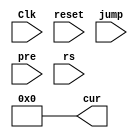
`timescale 1ns / 1ps
//////////////////////////////////////////////////////////////////////////////////
// Company: 
// Engineer: 
// 
// Design Name: 
// Module Name: PC
// Project Name: 
// Target Devices: 
// Tool Versions: 
// Description: 
// 
// Dependencies: 
// 
// Revision:
// Revision 0.01 - File Created
// Additional Comments:
// 
//////////////////////////////////////////////////////////////////////////////////


module PC(
    input Clk,
    input reset,
    input jump,
    input [31:0] pre,
    input [31:0] rs,
    output [31:0] cur
    );
    reg [31:0] PC;
    assign cur=PC;
    initial begin
    PC=0;
    end
    always @ (reset)
    begin
        PC=32'b00000000000000000000000000000000;
        end
    always @(posedge Clk)
    begin
    PC=pre;
    if(jump==1)
    PC=rs;
    end
endmodule